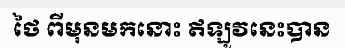
ថៃ ពីមុនមកនោះ ឥឡូវនេះបាន